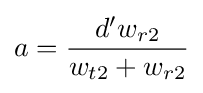
a={\frac {d'w_{r2}}{w_{t2}+w_{r2}}}